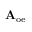
\mathbf { A } _ { \mathrm { o e } }